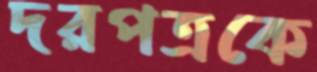
দরপত্রকে